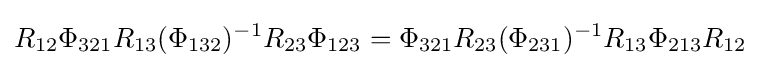
R_{12}\Phi _{321}R_{13}(\Phi _{132})^{-1}R_{23}\Phi _{123}=\Phi _{321}R_{23}(\Phi _{231})^{-1}R_{13}\Phi _{213}R_{12}